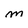
Character: M